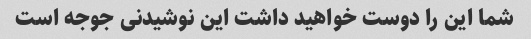
شما این را دوست خواهید داشت این نوشیدنی جوجه است